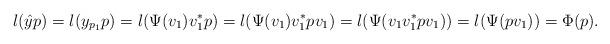
LaTeX: \begin{align*}l(\hat{y}p)=l(y_{p_1}p)=l(\Psi(v_1)v_1^*p)=l(\Psi(v_1)v_1^*pv_1)=l(\Psi(v_1v_1^*pv_1))=l(\Psi(pv_1))=\Phi(p).\end{align*}